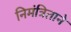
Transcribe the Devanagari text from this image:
निमंत्रिताने